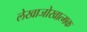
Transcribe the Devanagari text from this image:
लेखाजोखात्मक